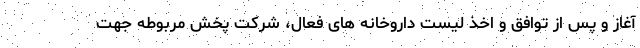
آغاز و پس از توافق و اخذ لیست داروخانه های فعال، شرکت پخش مربوطه جهت